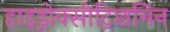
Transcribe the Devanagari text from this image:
हाइड्रोक्सीट्रिप्टामिन